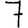
Digit: 7